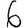
Digit: 6